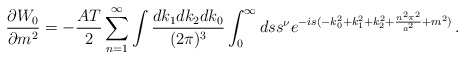
\begin{align*}{\partial W_0\over \partial m^2}=-{AT\over2}\sum_{n=1}^{\infty}\int{dk_1dk_2dk_0\over (2\pi)^3}\int_0^{\infty}ds s^{\nu}e^{-is(-k_0^2+k_1^2+k_2^2 +{n^2\pi^2\over a^2}+m^2)}\,.\end{align*}